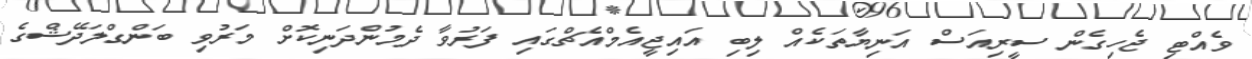
ވެއްޓި ޖެހިގެން ސީރިއަސް އަނިޔާތަކެއް ލިބި އައިޖީއެމްއެޗްގައި ފަރުވާ ދެމުންދަނިކޮށް މަރުވި ބަންގްލަދޭޝްގެ